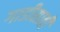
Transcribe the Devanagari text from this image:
गाडीसाठी